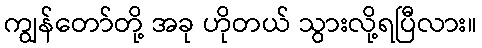
ကျွန်တော်တို့ အခု ဟိုတယ် သွားလို့ရပြီလား။